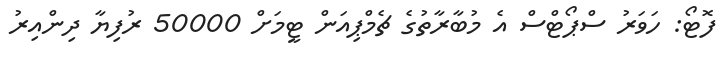
ފޮޓޯ: ހަވަރު ސްޕޯޓްސް އެ މުބާރާތުގެ ޗެމްޕިއަން ޓީމަށް 50000 ރުފިޔާ ދިންއިރު